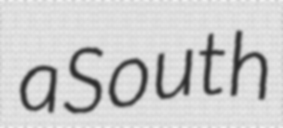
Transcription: a South